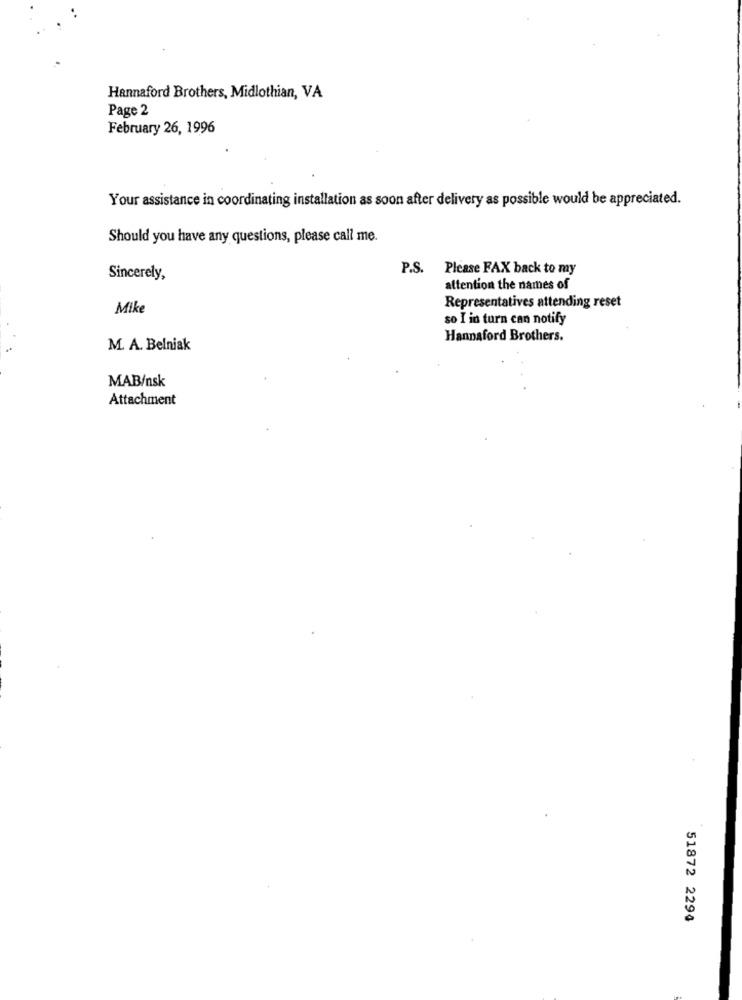
Hannaford Brothers, Midlothian, VA
Page 2
February 26, 1996
Your assistance in coordinating installation as soon after delivery as possible would be appreciated.
Should you have any questions, please call me.
P.S. Please FAX back to my
Sincerely,
attention the names of
Representatives attending reset
Mike
so I in turn can notify
Hannaford Brothers.
M. A. Belniak
MAB/nsk
Attachment
51872 2294